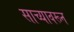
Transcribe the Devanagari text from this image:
साच्यावरून